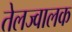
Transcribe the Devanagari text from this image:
तेलज्वालक